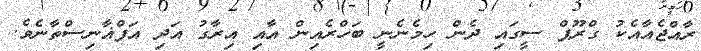
ރާއްޖެއާއެކު ގްރޫޕް ސީގައި ދެން ހިމެނެނީ ބަހްރެއިން އާއި އިރާގު އަދި އަފްޣާނިސްތާނެވެ.